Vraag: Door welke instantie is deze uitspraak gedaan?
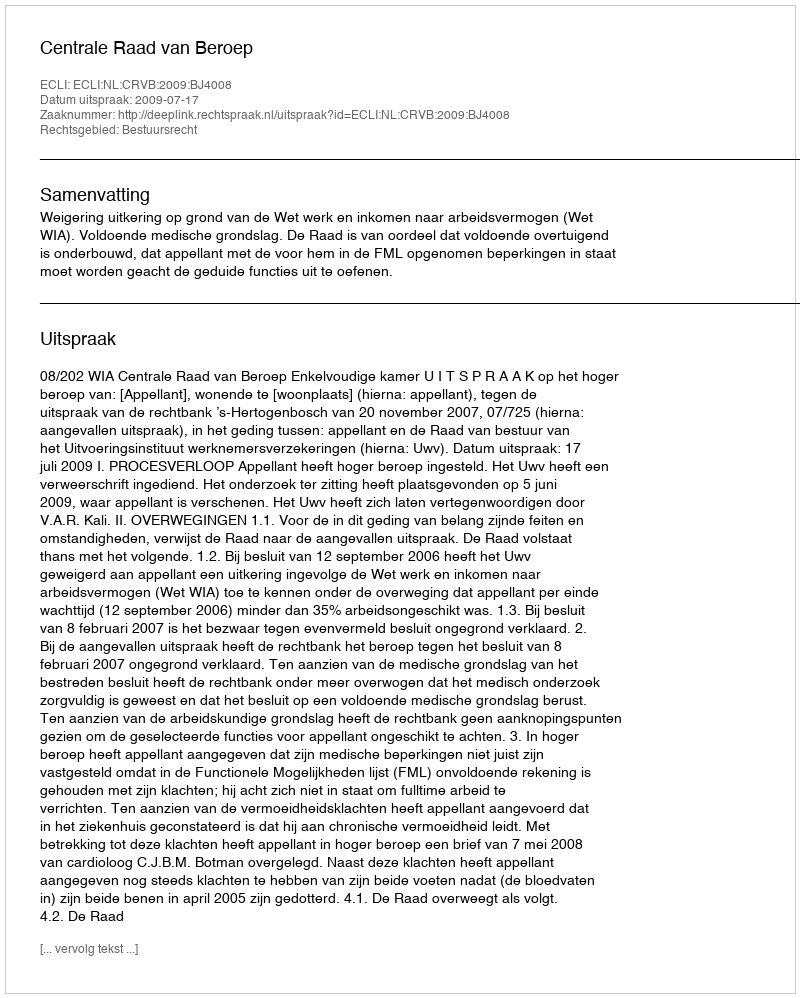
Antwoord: Centrale Raad van Beroep